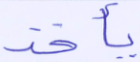
يأخذ